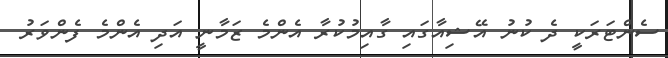
ސެންޓަރަކީ ދެ ކުނު އޭޝިއާގައި ގާއިމުކުރާ އެންމެ ޒަމާނީ އަދި އެންމެ ފެންވަރު